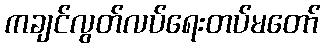
ကချင်လွတ်လပ်ရေးတပ်မတော်